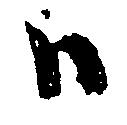
ハ